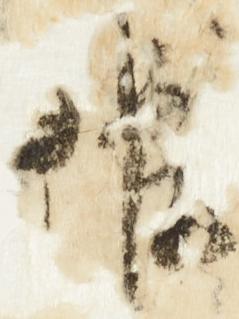
候